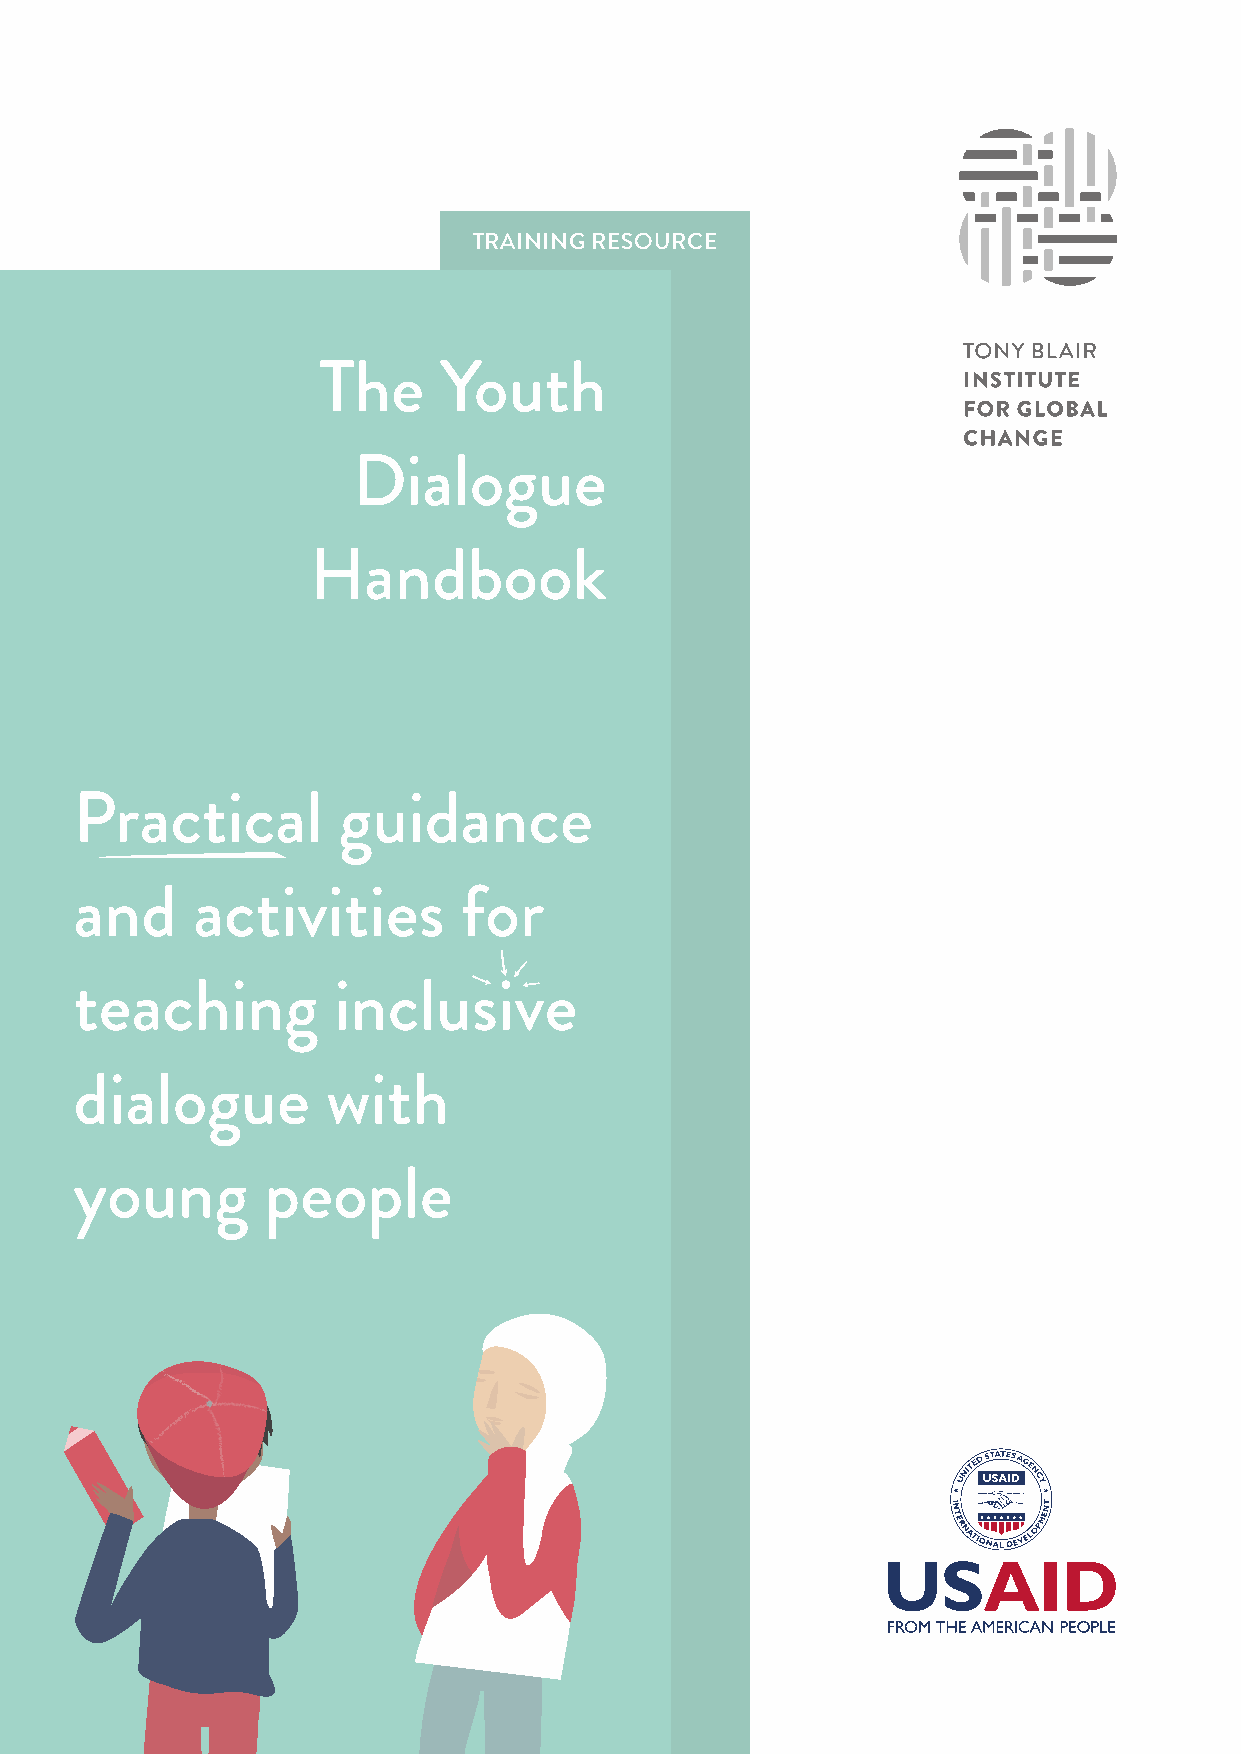
TRAINING RESOURCE
 The     Youth
 Dialogue
 Handbook
 Practical        guidance
 and     activities       for
 teaching         inclusive
 dialogue         with
 young       people
 1